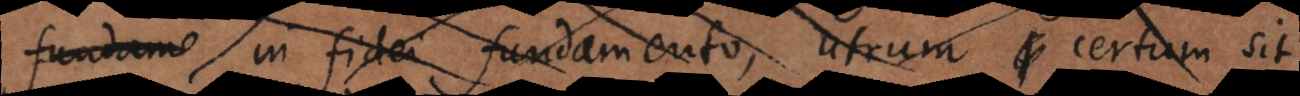
fundame in fidei fundamento, utrum certum sit